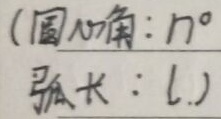
（圆心角：\(n^{\circ}\)，弧长：\(l\)）